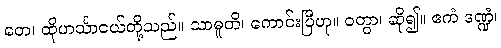
တေ၊ ထိုဟင်္သာငယ်တို့သည်။ သာဓူတိ၊ ကောင်းပြီဟု။ ဝတွာ၊ ဆို၍။ ဧကံ ဒဏ္ဍံ၊